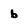
Character: b